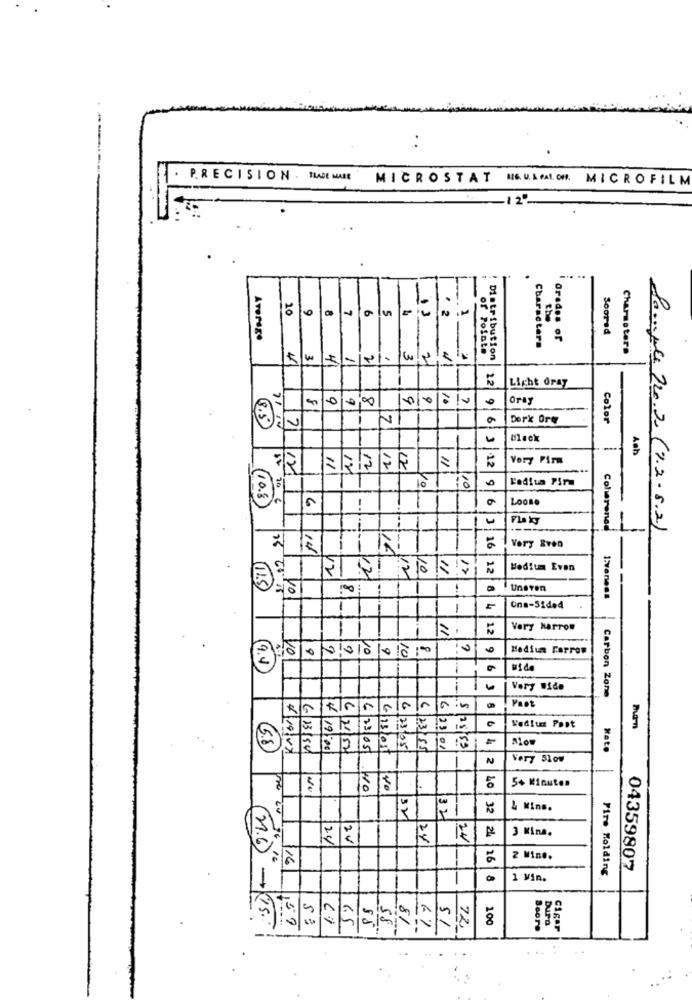
. .
. PRECISION . TRADE MARE
MICROSTAT HOURPALOM MICROFILM
20
9
-
6
5
the
Scored
ATOMego
I Grades of
of Polate
Characters
Charmstero
4
3
41
2
Distribution
22
Light Gray
0
00
10
10
Oray
91
8.5
Derk Ory
Color
71
Black
Ash
Vory Firm
12
11
12
12
12
11
3 12
10 1
Fediun Firm
10
10.8
70 €
1
9 6
Loone
FLa ky
----
Coharened
Sample 720.2 (1.2.8.2)
14
3 16
Very Even
12
17
FERGIE
Medium Even
11.5
100
! Unaven
1:vaness
4
One-Sided
12
Very Marrom
1000010
:010
Medium Farrow
9.4
Very Wide
Paet
Carbon Zone
6
6
1010
Gin
Vediums Post
6.8
6/23/154
19:00
23/05
6/13/01
2/23/05/
01
Nato
2
Very 51ou
5+ Minutes
5
10 32
& Mins.
32
32
24
3 Mins.
24
2v
24
24
21.6
3416
/16
26
2 Mine.
Fire Molding
04359807
1 Min.
159
S :
81
100
6.5
58
6%
72
Dura